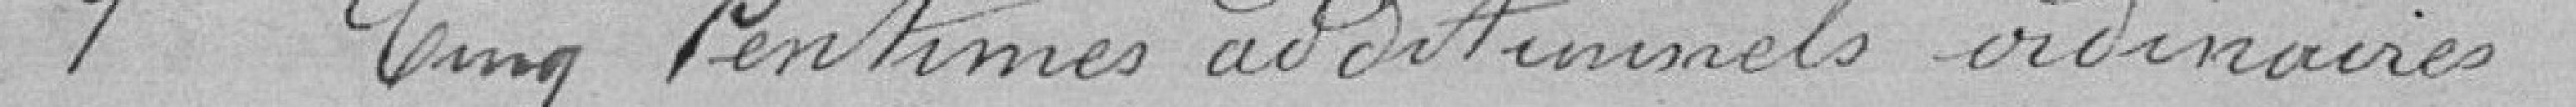
1 Cinq Centimes additionnels ordinaires